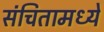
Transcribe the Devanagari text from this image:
संचितामध्ये